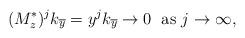
LaTeX: \begin{align*}(M_{z}^*)^jk_{\overline y}=y^jk_{\overline y}\rightarrow 0 \; \textup{ as } j \rightarrow \infty,\end{align*}